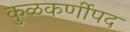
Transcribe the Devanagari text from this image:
कुळकर्णीपद